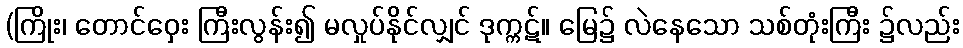
(ကြိုး၊ တောင်ဝှေး ကြီးလွန်း၍ မလှုပ်နိုင်လျှင် ဒုက္ကဋ်။ မြေ၌ လဲနေသော သစ်တုံးကြီး ၌လည်း